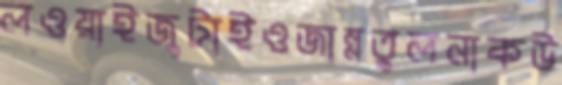
লওয়াইজুটাইওজান্নতুলনাকউ